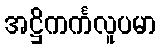
အဋ္ဌိကင်္ကလူပမာ